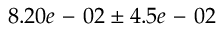
8 . 2 0 e \mathrm { ~ - ~ } 0 2 \pm 4 . 5 e \mathrm { ~ - ~ } 0 2